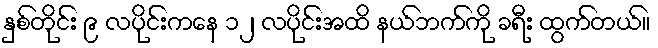
နှစ်တိုင်း ၉ လပိုင်းကနေ ၁၂ လပိုင်းအထိ နယ်ဘက်ကို ခရီး ထွက်တယ်။